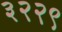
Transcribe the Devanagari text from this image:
३२२९